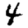
Digit: 4